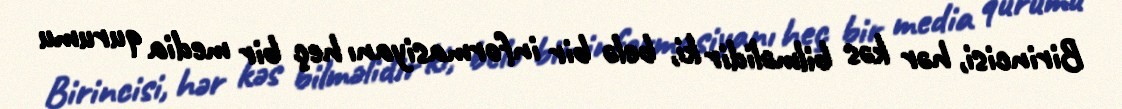
Birincisi, hər kəs bilməlidir ki, belə bir informasiyanı heç bir media qurumu